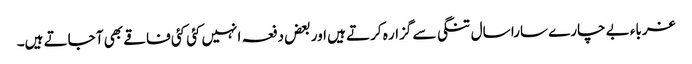
غرباء بے چارے سارا سال تنگی سے گزار ہ کرتے ہیں اور بعض دفعہ انہیں کئی کئی فاقے بھی آ جاتے ہیں۔